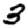
Digit: 3